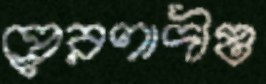
প্রেরণাদীপ্ত